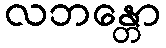
လဘန္တော